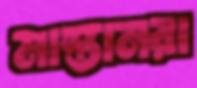
মাস্তানরা